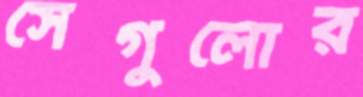
সেগুলোর